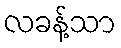
လခန့်သာ